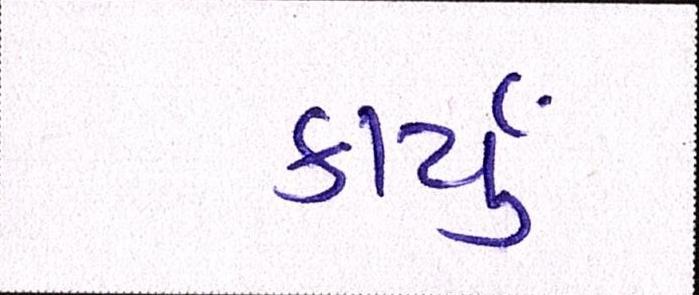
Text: કાર્યું